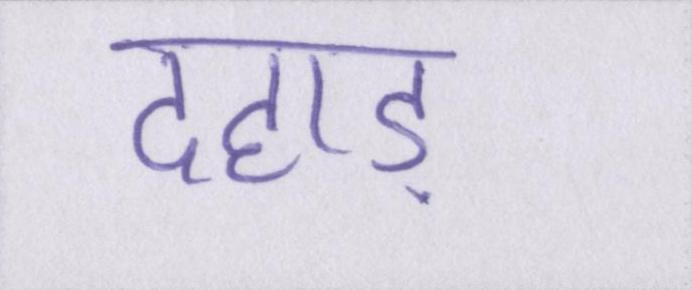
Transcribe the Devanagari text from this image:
दहाड़